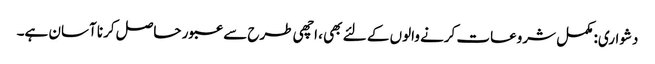
دشواری: مکمل شروعات کرنے والوں کے لئے بھی ، اچھی طرح سے عبور حاصل کرنا آسان ہے۔